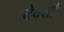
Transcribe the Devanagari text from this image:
देवर्शौ